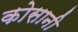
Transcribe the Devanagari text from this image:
कोसानी